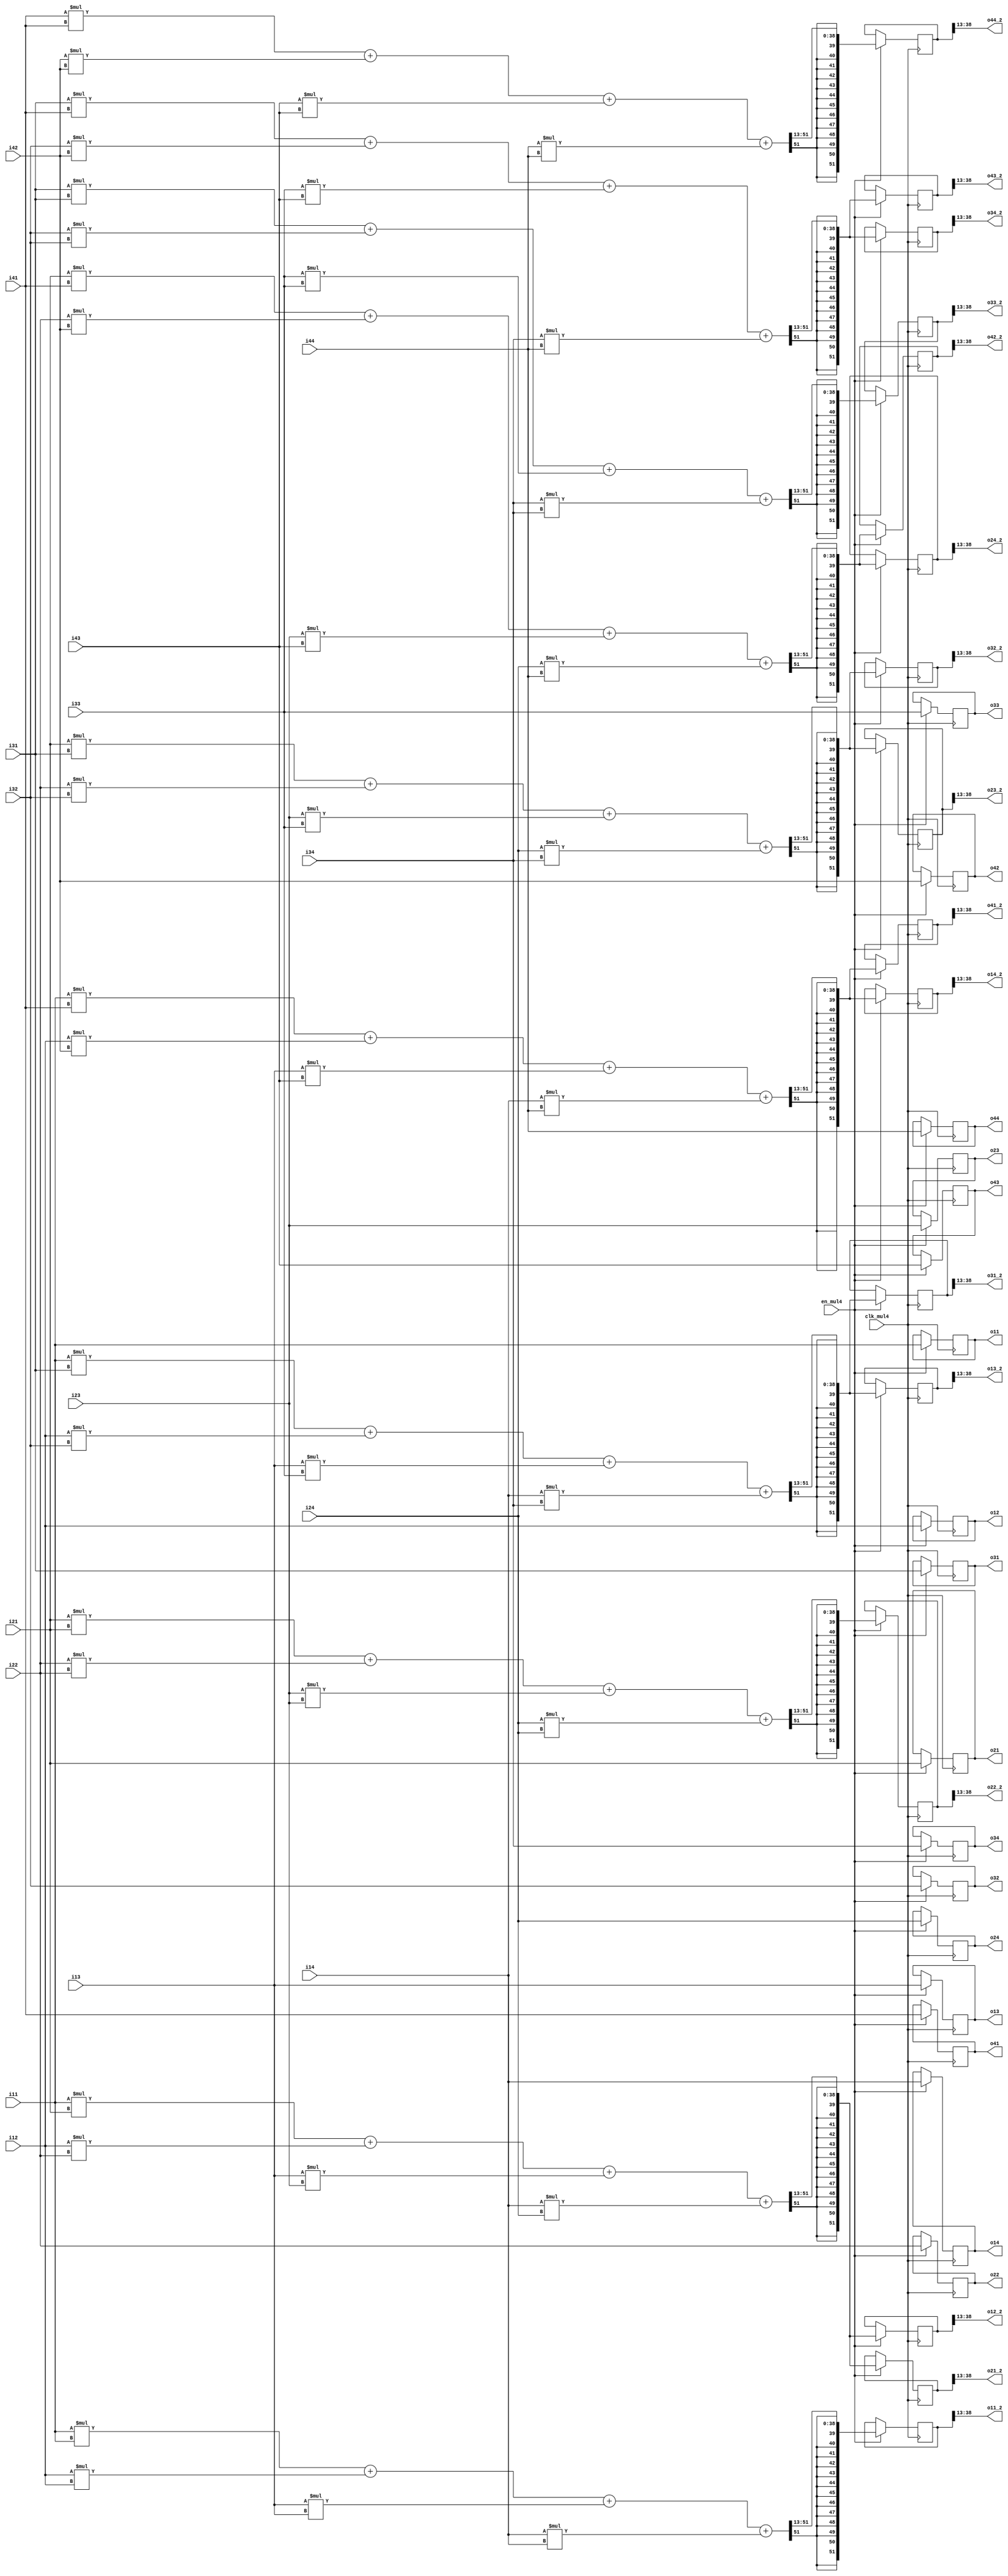
module SYMM_MUL4(
    input clk_mul4,
    input en_mul4,

    input signed [25:0] i11, i12, i13, i14,
    input signed [25:0] i21, i22, i23, i24,
    input signed [25:0] i31, i32, i33, i34,
    input signed [25:0] i41, i42, i43, i44,

    output reg signed [25:0] o11, o12, o13, o14,
    output reg signed [25:0] o21, o22, o23, o24,
    output reg signed [25:0] o31, o32, o33, o34,
    output reg signed [25:0] o41, o42, o43, o44,
    
    output signed [25:0] o11_2, o12_2, o13_2, o14_2,
    output signed [25:0] o21_2, o22_2, o23_2, o24_2,
    output signed [25:0] o31_2, o32_2, o33_2, o34_2,
    output signed [25:0] o41_2, o42_2, o43_2, o44_2
);

reg [51:0] dot11, dot12, dot13, dot14,
           dot21, dot22, dot23, dot24,
           dot31, dot32, dot33, dot34,
           dot41, dot42, dot43, dot44;

assign o11_2 = dot11[38:13];
assign o12_2 = dot12[38:13];
assign o13_2 = dot13[38:13];
assign o14_2 = dot14[38:13];
assign o21_2 = dot21[38:13];
assign o22_2 = dot22[38:13];
assign o23_2 = dot23[38:13];
assign o24_2 = dot24[38:13];
assign o31_2 = dot31[38:13];
assign o32_2 = dot32[38:13];
assign o33_2 = dot33[38:13];
assign o34_2 = dot34[38:13];
assign o41_2 = dot41[38:13];
assign o42_2 = dot42[38:13];
assign o43_2 = dot43[38:13];
assign o44_2 = dot44[38:13];

always @(posedge clk_mul4) begin
    if (en_mul4) begin
        o11 <= i11; o12 <= i12; o13 <= i13; o14 <= i14;
        o21 <= i21; o22 <= i22; o23 <= i23; o24 <= i24;
        o31 <= i31; o32 <= i32; o33 <= i33; o34 <= i34;
        o41 <= i41; o42 <= i42; o43 <= i43; o44 <= i44;
        
        dot11 <= (i11*i11 + i12*i12 + i13*i13 + i14*i14) >>> 13;
        dot12 <= (i11*i21 + i12*i22 + i13*i23 + i14*i24) >>> 13;
        dot13 <= (i11*i31 + i12*i32 + i13*i33 + i14*i34) >>> 13;
        dot14 <= (i11*i41 + i12*i42 + i13*i43 + i14*i44) >>> 13;
        dot21 <= (i21*i11 + i22*i12 + i23*i13 + i24*i14) >>> 13;
        dot22 <= (i21*i21 + i22*i22 + i23*i23 + i24*i24) >>> 13;
        dot23 <= (i21*i31 + i22*i32 + i23*i33 + i24*i34) >>> 13;
        dot24 <= (i21*i41 + i22*i42 + i23*i43 + i24*i44) >>> 13;
        dot31 <= (i31*i11 + i32*i12 + i33*i13 + i34*i14) >>> 13;
        dot32 <= (i31*i21 + i32*i22 + i33*i23 + i34*i24) >>> 13;
        dot33 <= (i31*i31 + i32*i32 + i33*i33 + i34*i34) >>> 13;
        dot34 <= (i31*i41 + i32*i42 + i33*i43 + i34*i44) >>> 13;
        dot41 <= (i41*i11 + i42*i12 + i43*i13 + i44*i14) >>> 13;
        dot42 <= (i41*i21 + i42*i22 + i43*i23 + i44*i24) >>> 13;
        dot43 <= (i41*i31 + i42*i32 + i43*i33 + i44*i34) >>> 13;
        dot44 <= (i41*i41 + i42*i42 + i43*i43 + i44*i44) >>> 13;
    end else begin
        // o11 <= i11; o12 <= i12; o13 <= i13; o14 <= i14;
        // o21 <= i21; o22 <= i22; o23 <= i23; o24 <= i24;
        // o31 <= i31; o32 <= i32; o33 <= i33; o34 <= i34;
        // o41 <= i41; o42 <= i42; o43 <= i43; o44 <= i44;
        
        // dot11 <= 0; dot12 <= 0; dot13 <= 0; dot14 <= 0;
        // dot21 <= 0; dot22 <= 0; dot23 <= 0; dot24 <= 0;
        // dot31 <= 0; dot32 <= 0; dot33 <= 0; dot34 <= 0;
        // dot41 <= 0; dot42 <= 0; dot43 <= 0; dot44 <= 0;     
    end
end
    
endmodule